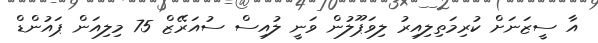
އާ ސީޒަނަށް ކުރިމަތިލިއިރު ލިވަޕޫލުން ވަނީ ލުއިސް ސުއަރޭޒް 75 މިލިއަން ޕައުންޑް